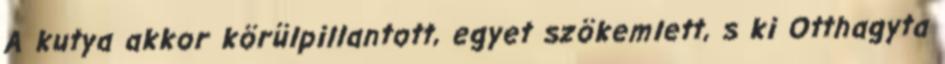
A kutya akkor körülpillantott, egyet szökemlett, s ki Otthagyta